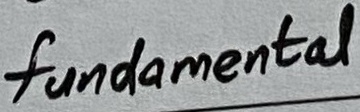
Text: fundamental